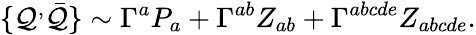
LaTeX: \{ \mathcal{Q}^{,}\bar{{\mathcal{Q}}}\} \sim\Gamma^{a}P_{a}+\Gamma^{ab}Z_{ab}+\Gamma^{abcde}Z_{abcde}.